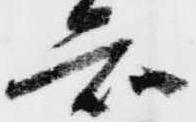
知